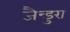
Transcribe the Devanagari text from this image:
जैन्डुरा